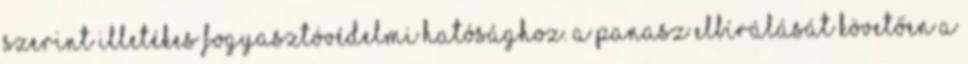
szerint illetékes fogyasztóvédelmi hatósághoz. A panasz elbírálását követően a